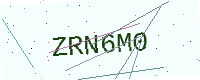
Text: ZRN6M0